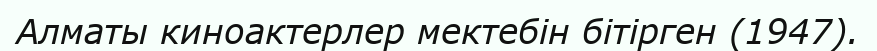
Алматы киноактерлер мектебін бітірген (1947).